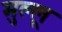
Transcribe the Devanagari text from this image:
मुल्लू